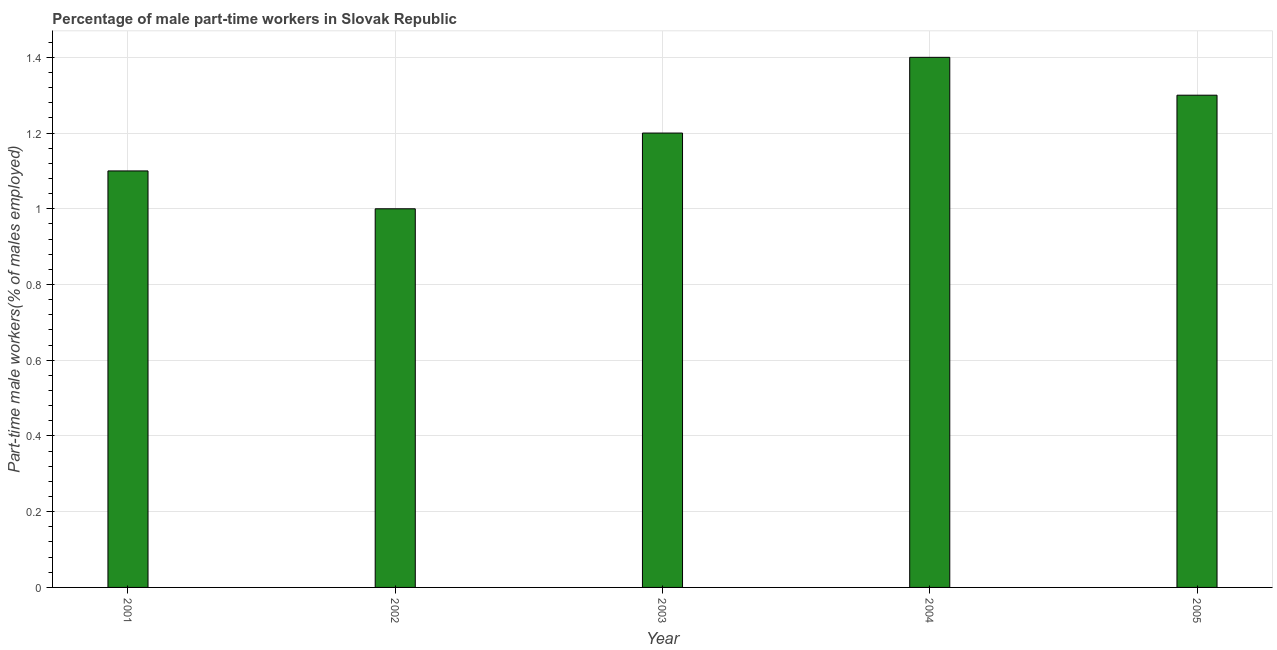
| Year | Part time employment |
 | --- | --- |
 | 2001 | 1.1 |
 | 2002 | 1 |
 | 2003 | 1.2 |
 | 2004 | 1.4 |
 | 2005 | 1.3 |